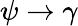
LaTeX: \psi\to\gamma